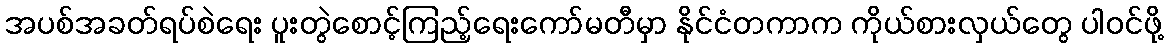
အပစ်အခတ်ရပ်စဲရေး ပူးတွဲစောင့်ကြည့်ရေးကော်မတီမှာ နိုင်ငံတကာက ကိုယ်စားလှယ်တွေ ပါဝင်ဖို့